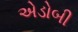
એડોબી